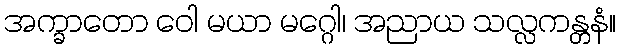
အက္ခာတော ဝေါ မယာ မဂ္ဂေါ၊ အညာယ သလ္လကန္တနံ။